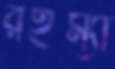
রইম্যা